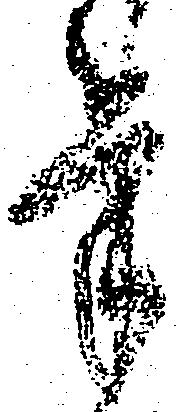
筆